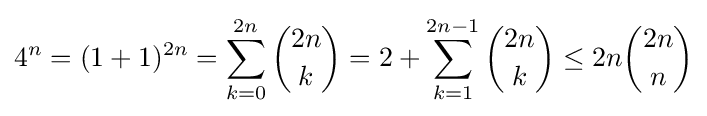
4^{n}=(1+1)^{2n}=\sum _{k=0}^{2n}{\binom {2n}{k}}=2+\sum _{k=1}^{2n-1}{\binom {2n}{k}}\leq 2n{\binom {2n}{n}}